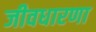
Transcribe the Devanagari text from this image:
जीवधारणा